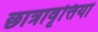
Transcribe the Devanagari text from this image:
छात्रावृत्तियां